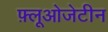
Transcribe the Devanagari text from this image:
फ़्लूओजेटीन